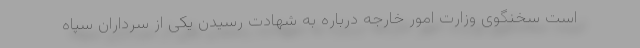
است سخنگوی وزارت امور خارجه درباره به شهادت رسیدن یکی از سرداران سپاه